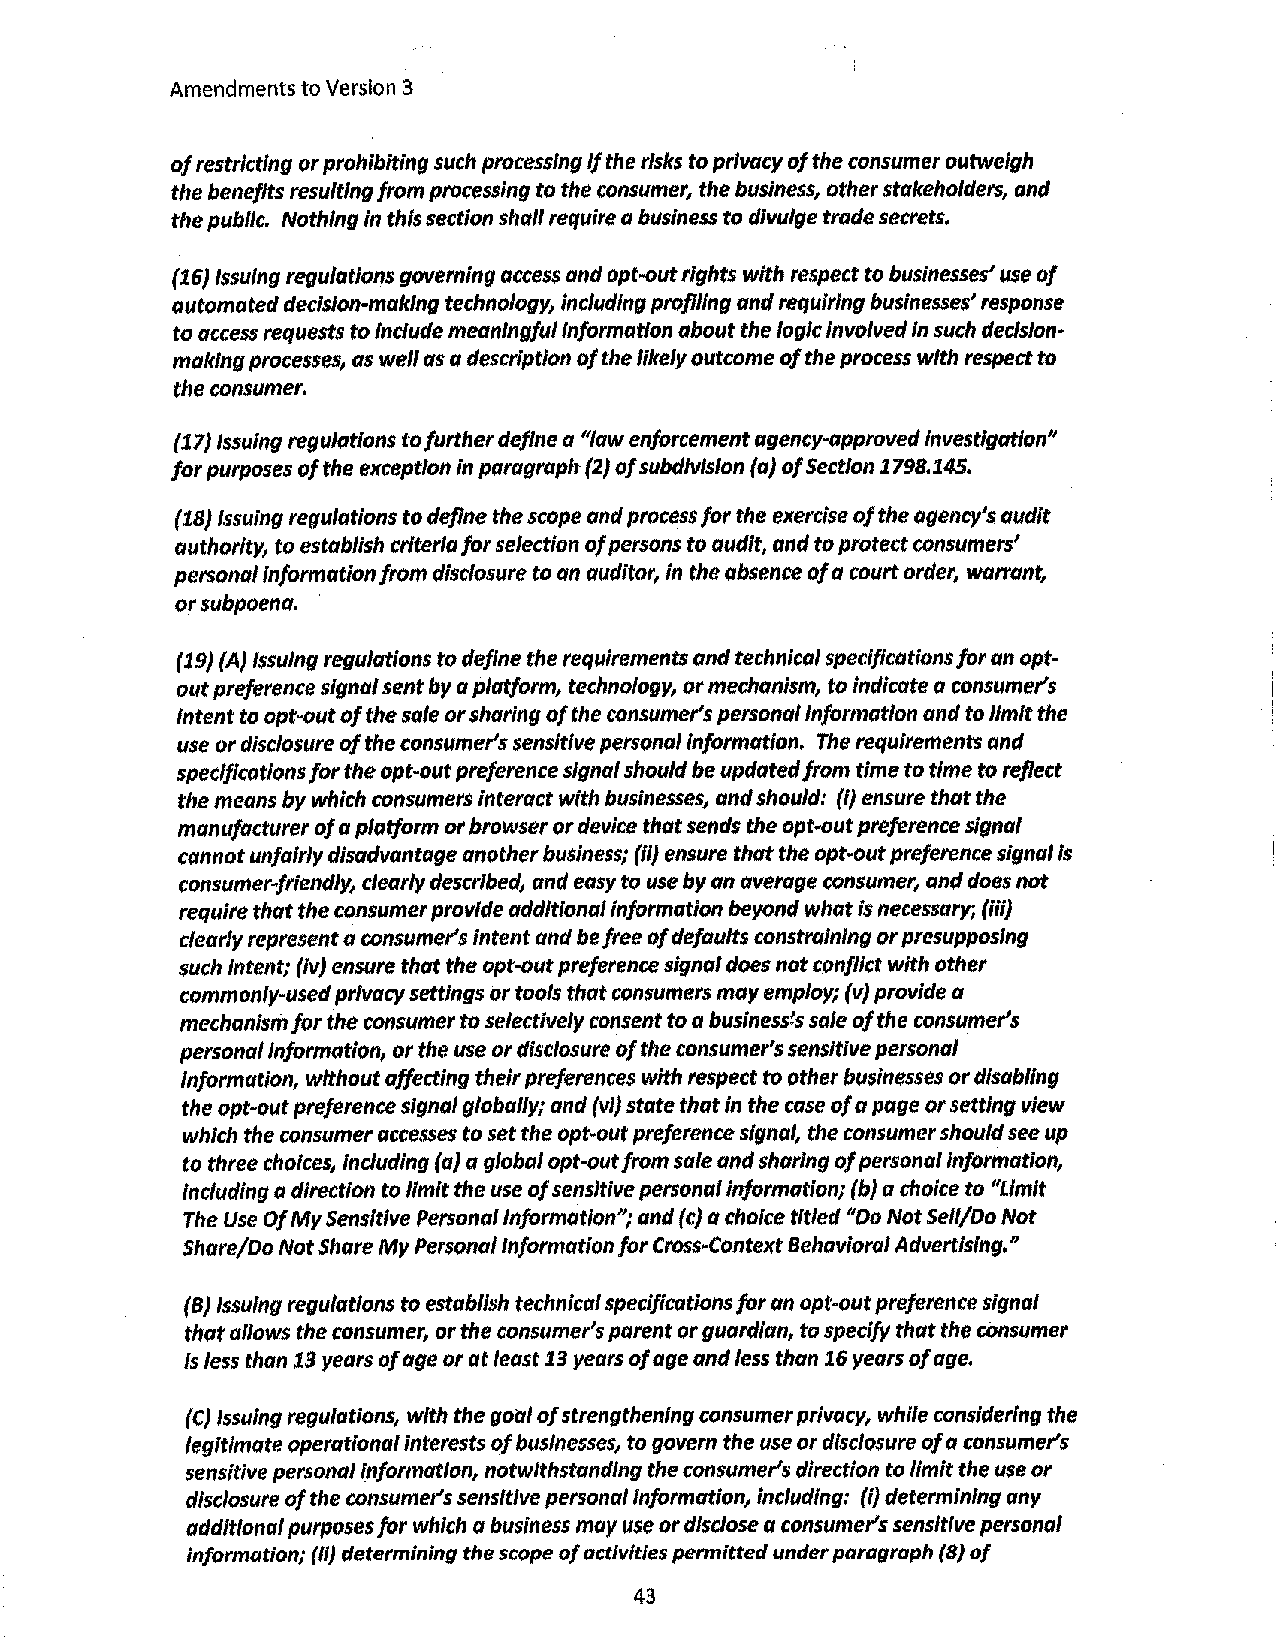
Amendments to Version 3
 of restricting or prohibiting such processing if the risks to privacy of the consumer outweigh
 the benefits resulting from processing to the consumer, the business, other stakeholders, and
 the pub/le, Nothing in this section shall require a business to divulge trade secrets,
 {16) Issuing regulations governing access and opt-out rights with respect to businesses' use of
 automated decision-making technology, including profiling and requiring businesses' response
 to access requests to Include meaningful information about the logic Involved In such decision­
 making processes, as well as a description of the likely outcome of the process with respect to
 the consumer.
 (17) Issuing regulations to further define a "law enforcement agency-approved investigation"
 for purposes of the exception In paragraph {2) of subdivision {a) of Section 1798.145.
 (18} Issuing regulations to define the scope and process for the exercise of the agency's audit
 authority, to establish criteria for selection of persons to audit, and to protect consumers'
 personal Information from disclosure to an auditor, in the absence of a court order, warrant,
 or subpoena.
 (1.9} (A) Issuing regulations to define the requirements and technical specifications for an opt­
 out preference signal sent by a platform, technology, or mechanism, to indicate a consumer's
 Intent to opt-out of the sale or sharing of the consumer's personal information and to limit the
 use or disclosure of the consumer's sensitive personal Information. The requirements and
 specifications for the opt-out preference signal should be updated from time to time to reflect
 the means by which consumers interact with businesses, and should: (/) ensure that the
 manufacturer of a platform or browser ar device that sends the opt-out preference signal
 cannot unfairly disadvantage another business; (fl) ensure that the opt-out preference signal Is
 consumer1riendiy, clearly described, and easy to use by an average consumer, and does not
 require that the consumer provide additional information beyond what is necessary; (iii)
 clearly represent a consumer's intent and be free of defaults constraining or presupposing
 such Intent; (iv) ensure that the opt-out preference signal does not conflict with other
 commonly-used privacy settings ar tools that consumers may employ; (v) provide a
 mechanism for the consumer to selectively consent to a bus/nessls sale of the consumer's
 personal Information, or the use or disclosure of the consumer's sensitive personal
 Information, without affecting their preferences with respect to other businesses or disabling
 the opt-out preference signal globally; and {vi) state that in the case of a page or setting view
 which the consumer accesses to set the opt-out preference signal, the consumer should see up
 to three choices, including (a) a global opt-out from sale and sharing of personal Information,
 Including a direct/on to limit the use of sensitive personal information; (b) a choice to "Limit
 The Use Of My Sensitive Personal Information"; and (c) a choice titled "Do Not Sell/Do Not
 Share/Do Not Share My Personal Information for Cross-Context Behavioral Advertising,"
 {BJ Issuing regulations to establish technical specifications for an opt-out preference signal
 that allows the consumer, or the consumer's parent or guard/an, to specify that the consumer
 is Jess than 13 years of age or at least 13 years of age and less than 1.6 years of age.
 {CJ Issuing regulations, with the goal of strengthening consumer privacy, while considering the
 legitimate operational interests of businesses, to govern the use or disclosure of a consumer's
 sensitive personal information, notwithstanding the consumer's direction to limit the use or
 disclosure of the consumer's sensitive personal Information, including: (i) determining any
 additional purposes for which a business may use or disclose a consumer's sensitive personal
 information; (ii) determining the scope of activities permitted under paragraph (8) of
 43